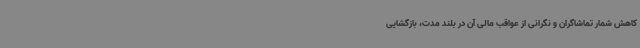
کاهش شمار تماشاگران و نگرانی از عواقب مالی آن در بلند مدت، بازگشایی